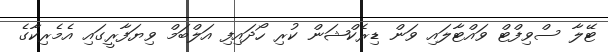
ޓޭލާ ސްވިފްޓް ވައްޓާލައި ވަން ޑިރެކްޝަން ކުރި ހޯދައިފި އަލްބަމް ވިޔަފާރީގައި އެމެރިކާގެ